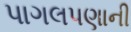
પાગલપણાની